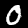
Label: 0